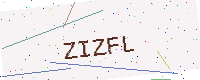
Text: ZIZFL